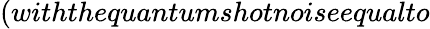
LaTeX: (withthequantumshotnoiseequalto